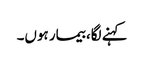
کہنے لگا، بیمار ہوں۔